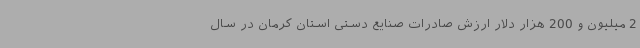
2 میلیون و 200 هزار دلار ارزش صادرات صنایع دستی استان کرمان در سال